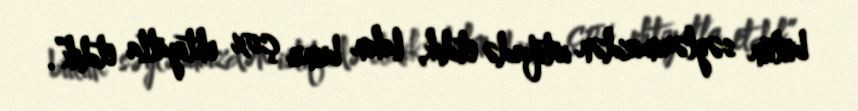
bütün səylərimizdən istifadə etdik, lakin bunu çox ehtiyatla etdik”.